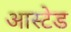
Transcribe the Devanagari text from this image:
आस्टेड